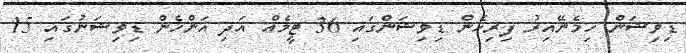
ޑިވިޝަން ހިމެނޭއިރު ފިރިހެން ޑިވިޝަންގައި 36 ޓީމެއް އަދި އަންހެން ޑިވިޝަނުގައި 15